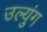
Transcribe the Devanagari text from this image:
उल्युंग